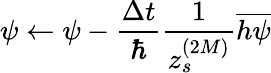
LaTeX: \psi\leftarrow\psi-\frac{\Delta t}{\hbar}\frac{1}{z_{s}^{(2M)}}\overline{{h\psi}}